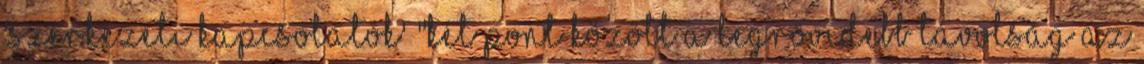
'szerkezeti kapcsolatok' "Két pont között a legrövidebb távolság az